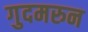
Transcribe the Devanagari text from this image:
गुदमरुन